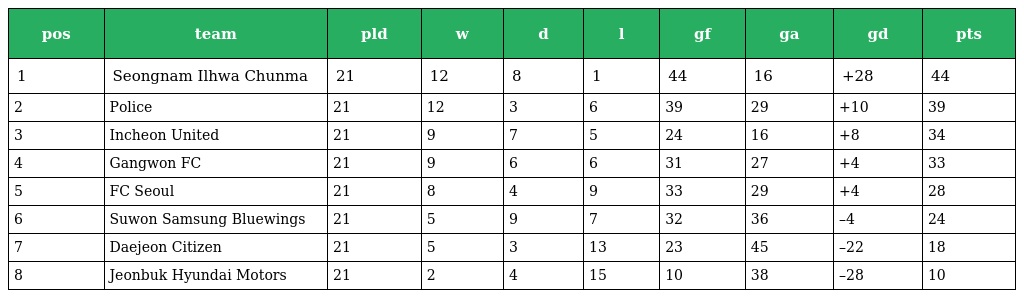
| pos | team | pld | w | d | l | gf | ga | gd | pts |
 | --- | --- | --- | --- | --- | --- | --- | --- | --- | --- |
 | 1 | Seongnam Ilhwa Chunma | 21 | 12 | 8 | 1 | 44 | 16 | +28 | 44 |
 | 2 | Police | 21 | 12 | 3 | 6 | 39 | 29 | +10 | 39 |
 | 3 | Incheon United | 21 | 9 | 7 | 5 | 24 | 16 | +8 | 34 |
 | 4 | Gangwon FC | 21 | 9 | 6 | 6 | 31 | 27 | +4 | 33 |
 | 5 | FC Seoul | 21 | 8 | 4 | 9 | 33 | 29 | +4 | 28 |
 | 6 | Suwon Samsung Bluewings | 21 | 5 | 9 | 7 | 32 | 36 | –4 | 24 |
 | 7 | Daejeon Citizen | 21 | 5 | 3 | 13 | 23 | 45 | –22 | 18 |
 | 8 | Jeonbuk Hyundai Motors | 21 | 2 | 4 | 15 | 10 | 38 | –28 | 10 |